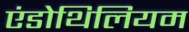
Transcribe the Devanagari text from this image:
एंडोथिलियम